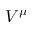
V ^ { \mu }